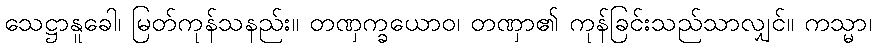
သေဋ္ဌာနူခေါ၊ မြတ်ကုန်သနည်း။ တဏှက္ခယောဝ၊ တဏှာ၏ ကုန်ခြင်းသည်သာလျှင်။ ကသ္မာ၊